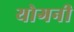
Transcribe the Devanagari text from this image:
योगनी